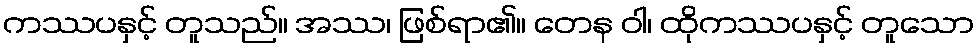
ကဿပနှင့် တူသည်။ အဿ၊ ဖြစ်ရာ၏။ တေန ဝါ၊ ထိုကဿပနှင့် တူသော